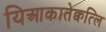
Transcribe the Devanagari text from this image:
यिआकातेक्वत्लि